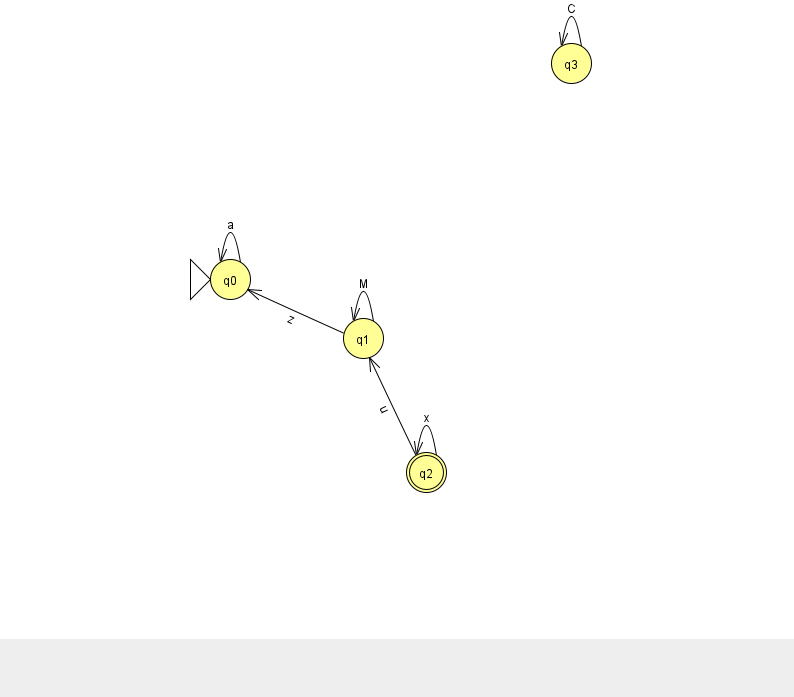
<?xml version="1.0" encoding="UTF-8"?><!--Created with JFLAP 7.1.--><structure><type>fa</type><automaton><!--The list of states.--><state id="0" name="q0"><x>230.0</x><y>266.0</y><initial/></state><state id="1" name="q1"><x>363.0</x><y>325.0</y></state><state id="2" name="q2"><x>426.0</x><y>459.0</y><final/></state><state id="3" name="q3"><x>571.0</x><y>50.0</y></state><!--The list of transitions.--><transition><from>0</from><to>0</to><read>a</read></transition><transition><from>3</from><to>3</to><read>C</read></transition><transition><from>1</from><to>0</to><read>z</read></transition><transition><from>2</from><to>2</to><read>x</read></transition><transition><from>2</from><to>1</to><read>u</read></transition><transition><from>1</from><to>1</to><read>M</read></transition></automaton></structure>